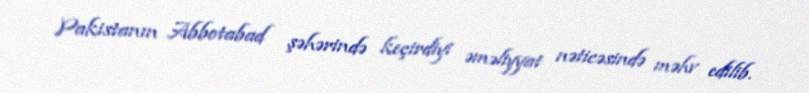
Pakistanın Abbotabad şəhərində keçirdiyi əməliyyat nəticəsində məhv edilib.